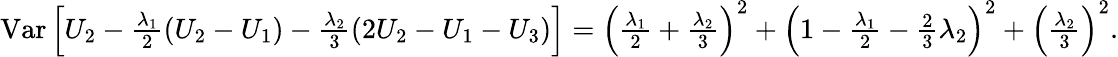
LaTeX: \begin{array}{r}{\mathrm{Var}\left[U_{2}-\frac{\lambda_{1}}{2}\left(U_{2}-U_{1}\right)-\frac{\lambda_{2}}{3}\left(2U_{2}-U_{1}-U_{3}\right)\right]=\left(\frac{\lambda_{1}}{2}+\frac{\lambda_{2}}{3}\right)^{2}+\left(1-\frac{\lambda_{1}}{2}-\frac{2}{3}\lambda_{2}\right)^{2}+\left(\frac{\lambda_{2}}{3}\right)^{2}.}\end{array}